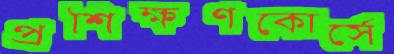
প্রশিক্ষণকোর্সে